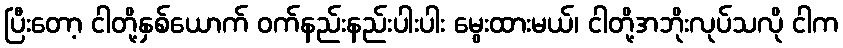
ပြီးတော့ ငါတို့နှစ်ယောက် ဝက်နည်းနည်းပါးပါး မွေးထားမယ်၊ ငါတို့အဘိုးလုပ်သလို ငါက